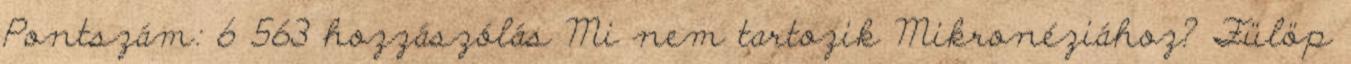
Pontszám: 6 563 hozzászólás Mi nem tartozik Mikronéziához? Fülöp